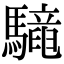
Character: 𩦳